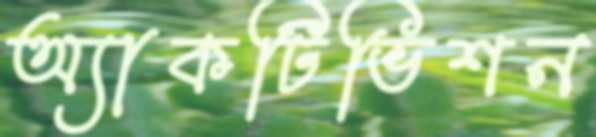
অ্যাকটিভিশন